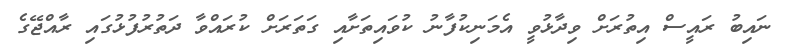
ނައިބު ރައީސް އިތުރަށް ވިދާޅުވީ އެމަނިކުފާނު ކުވައިތަށާއި ގަތަރަށް ކުރައްވާ ދަތުރުފުޅުގައި ރާއްޖޭގެ